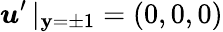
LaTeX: \boldsymbol{u}^{\prime}\, |_{\mathbf{y}=\pm1}=(0,0,0)